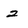
Character: 2